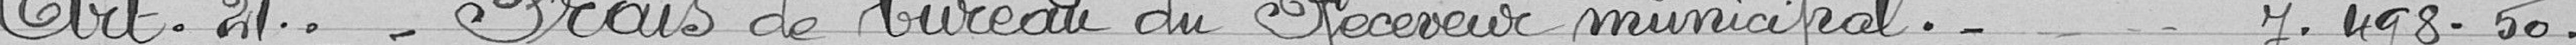
Art.21. - Frais de bureau du Receveur municipal. ---7498.50.